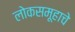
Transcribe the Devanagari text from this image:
लोकसमूहाचे